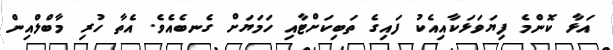
އަޅާ ކޮންމެ ފިޔަވަޅަކާއިއެކު ފައިގެ ތަބިކަށްޓާއި ހަމަޔަށް ގެނބެއެވެ. އެތާ ހުރި މާބްލްއިން